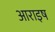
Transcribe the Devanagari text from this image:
आराइष